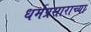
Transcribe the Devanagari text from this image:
धर्मप्रसाराच्या